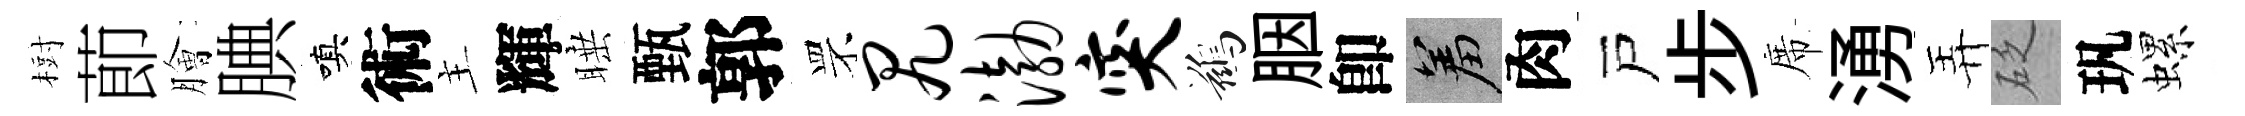
𣗳莭膾腆嗔術主輝睡甄郭罘尻渤突鷀胭卽羞肉戸步席湧弄砭㺬螺